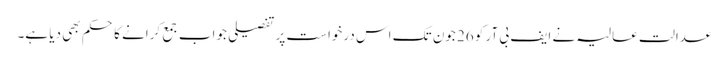
عدالت عالیہ نے ایف بی آر کو 26 جون تک اس درخواست پر تفصیلی جواب جمع کرانے کا حکم بھی دیا ہے۔